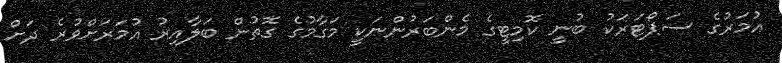
އުމަރުގެ ސަޕޯޓަރަކު ބުނީ ކޮމިޓީގެ މެންބަރުންނަކީ މަގާމުގެ ގޮތުން ބަލާއިރު އުމަރަށްވުރެ ދަށް